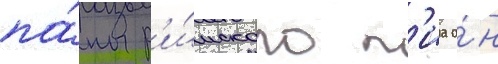
па́пы р'и́мского п'иа о́н